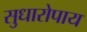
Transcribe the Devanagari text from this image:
सुधारोपाय